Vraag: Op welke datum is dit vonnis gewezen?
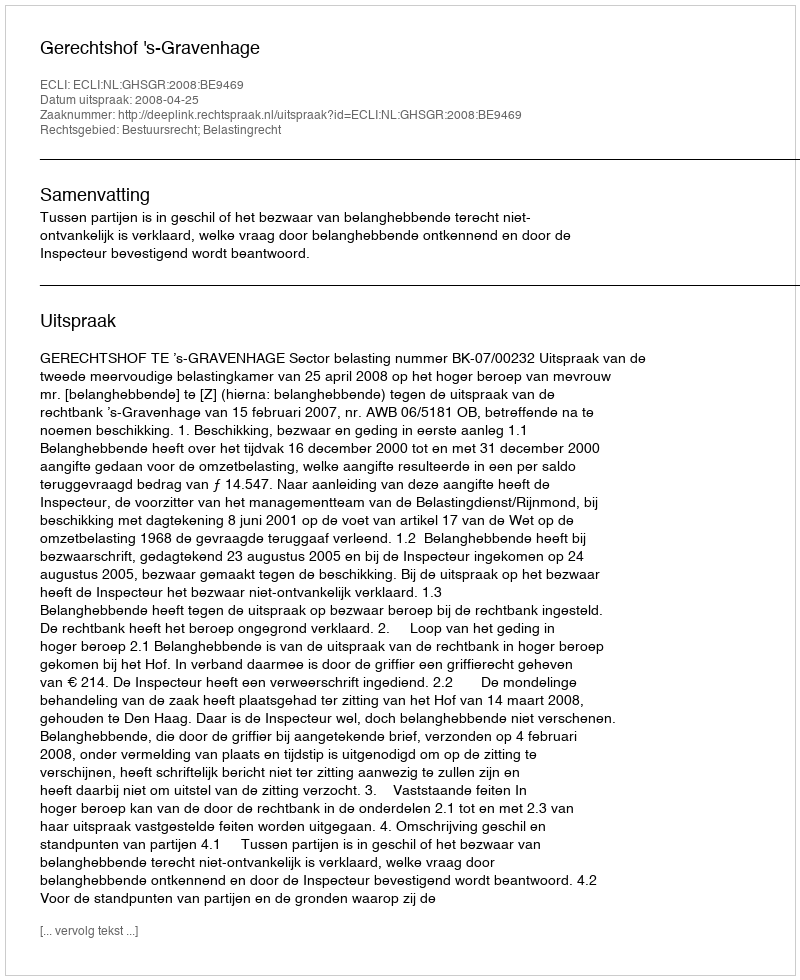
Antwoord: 2008-04-25